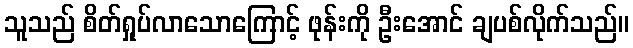
သူသည် စိတ်ရှုပ်လာသောကြောင့် ဖုန်းကို ဦးအောင် ချပစ်လိုက်သည်။